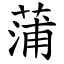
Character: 蒲